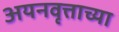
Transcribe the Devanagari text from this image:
अयनवृत्ताच्या